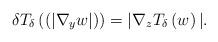
LaTeX: \begin{align*}\delta T_{\delta}\left( (|\nabla_{y}w|)\right) =|\nabla_{z}T_{\delta}\left(w\right) |.\end{align*}